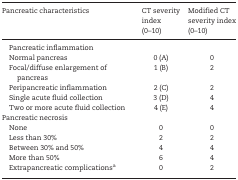
| Pancreatic characteristics | CT severity index (0–10) | Modified CT severity index (0–10) |
 | --- | --- | --- |
 | Pancreatic inflammation |  |  |
 | Normal pancreas | 0 (A) | 0 |
 | Focal/diffuse enlargement of pancreas | 1 (B) | 2 |
 | Peripancreatic inflammation | 2 (C) | 2 |
 | Single acute fluid collection | 3 (D) | 4 |
 | Two or more acute fluid collection | 4 (E) | 4 |
 | Pancreatic necrosis |  |  |
 | None | 0 | 0 |
 | Less than 30% | 2 | 2 |
 | Between 30% and 50% | 4 | 4 |
 | More than 50% | 6 | 4 |
 | Extrapancreatic complicationsa | 0 | 2 |